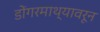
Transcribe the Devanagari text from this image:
डोंगरमाथ्यावरून